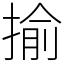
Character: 揄